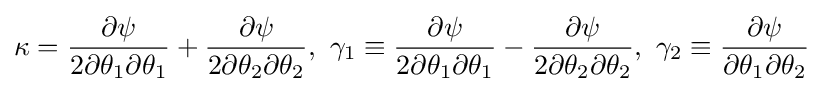
\kappa ={\partial \psi  \over 2\partial \theta _{1}\partial \theta _{1}}+{\partial \psi  \over 2\partial \theta _{2}\partial \theta _{2}},~\gamma _{1}\equiv {\partial \psi  \over 2\partial \theta _{1}\partial \theta _{1}}-{\partial \psi  \over 2\partial \theta _{2}\partial \theta _{2}},~\gamma _{2}\equiv {\partial \psi  \over \partial \theta _{1}\partial \theta _{2}}